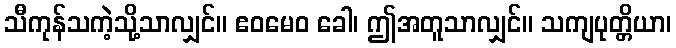
သီကုန်သကဲ့သို့သာလျှင်။ ဧဝမေဝ ခေါ၊ ဤအတူသာလျှင်။ သကျပုတ္တိယာ၊